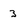
Character: 3